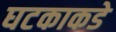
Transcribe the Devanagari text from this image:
घटकाकडे